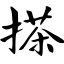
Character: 搽